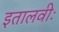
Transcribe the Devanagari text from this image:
इतालवीः